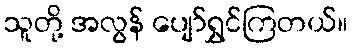
သူတို့ အလွန် ပျော်ရွှင်ကြတယ်။